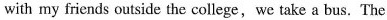
with my friends outside the college,we take a bus.The